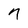
Character: n